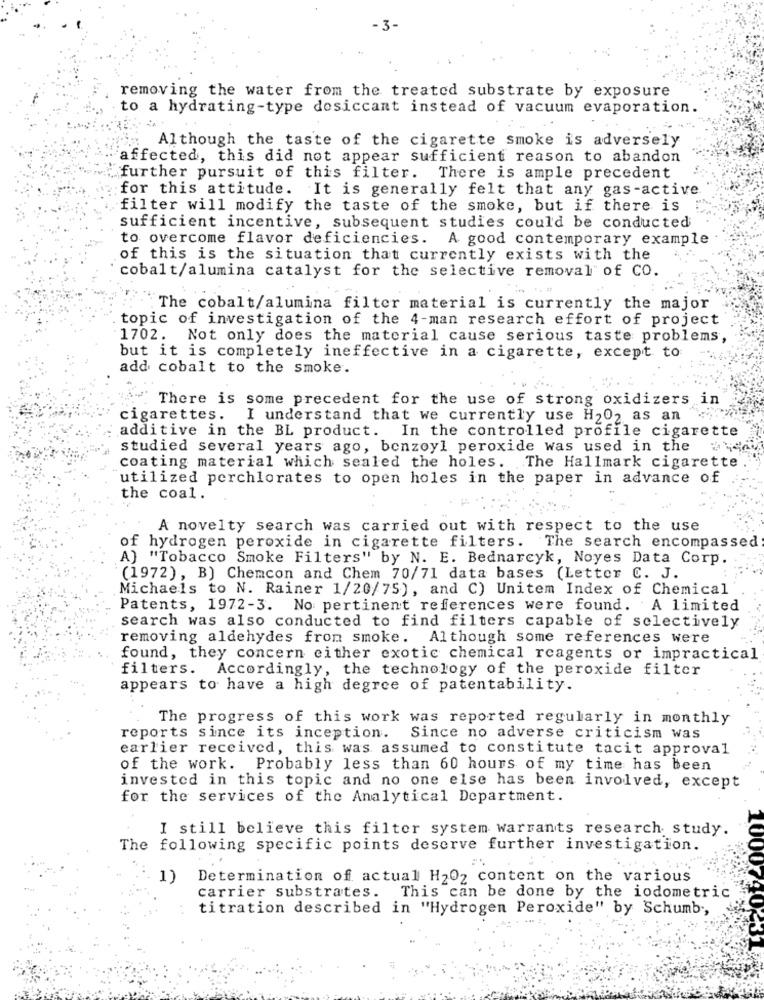
- 3-
removing the water from the treated substrate by exposure
to a hydrating-type dosiccant instead of vacuum evaporation.
Although the taste of the cigarette smoke is adversely
affected, this did not appear sufficient reason to abandon
further pursuit of this filter. There is ample precedent
for this attitude. It is generally felt that any gas-active
filter will modify the taste of the smoke, but if there is
sufficient incentive, subsequent studies could be conducted
to overcome flavor deficiencies. A good contemporary example
of this is the situation that currently exists with the
cobalt/alumina catalyst for the selective removal" of CO.
The cobalt/alumina filter material is currently the major
topic of investigation of the 4-man research effort of project
1702. Not only does the material cause serious taste problems,
but it is completely ineffective in a cigarette, except to
add cobalt to the smoke.
There is some precedent for the use of strong oxidizers in
cigarettes.
I understand that we currently use H202 as an
additive in the BL product. In the controlled profile cigarette
studied several years ago, benzoyl peroxide was used in the
coating material which sealed the holes. The Hallmark cigarette
utilized perchlorates to open holes in the paper in advance of
the coal.
A novelty search was carried out with respect to the use
of hydrogen peroxide in cigarette filters. The search encompassed
A) "Tobacco Smoke Filters" by N. E. Bednarcyk, Noyes Data Corp.
(1972), B) Chemcon and Chem 70/71 data bases (Letter C. J.
Michaels to N. Rainer 1/20/75), and C) Unitem Index of Chemical
Patents, 1972-3. No pertinent references were found. A limited
search was also conducted to find filters capable of selectively
removing aldehydes from smoke. Although some references were
found, they concern either exotic chemical reagents or impractical
filters. Accordingly, the technology of the peroxide filter
appears to have a high degree of patentability.
The progress of this work was reported regularly in monthly
reports since its inception. Since no adverse criticism was
earlier received, this was assumed to constitute tacit approval
of the work. Probably less than 60 hours of my time has been
invested in this topic and no one else has been involved, except
for the services of the Analytical Department.
I still believe this filter system warrants research study.
The following specific points deserve further investigation.
1)
Determination of actual H202 content on the various
carrier substrates. This can be done by the iodometric
titration described in "Hydrogen Peroxide" by Schumb .,
1000740K